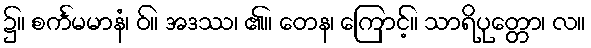
၌။ စင်္ကမမာနံ၊ ဝ်။ အဒဿ၊ ၏။ တေန၊ ကြောင့်။ သာရိပုတ္တော၊ လ။